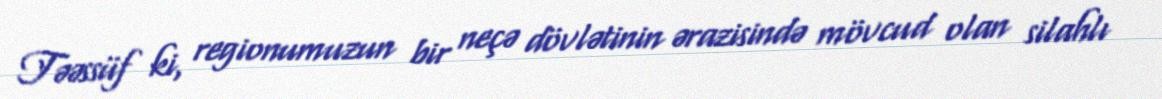
Təəssüf ki, regionumuzun bir neçə dövlətinin ərazisində mövcud olan silahlı